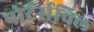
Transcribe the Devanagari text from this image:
पोर्टर्सविल